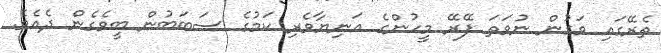
ތެރޭގައި ވަގުން ނުވަތަ ފޭރޭ މީހުންގެ އަނިޔާވެރި ކަމުގެ ސަބަބުން ބީވެގެން ދެއެވެ.